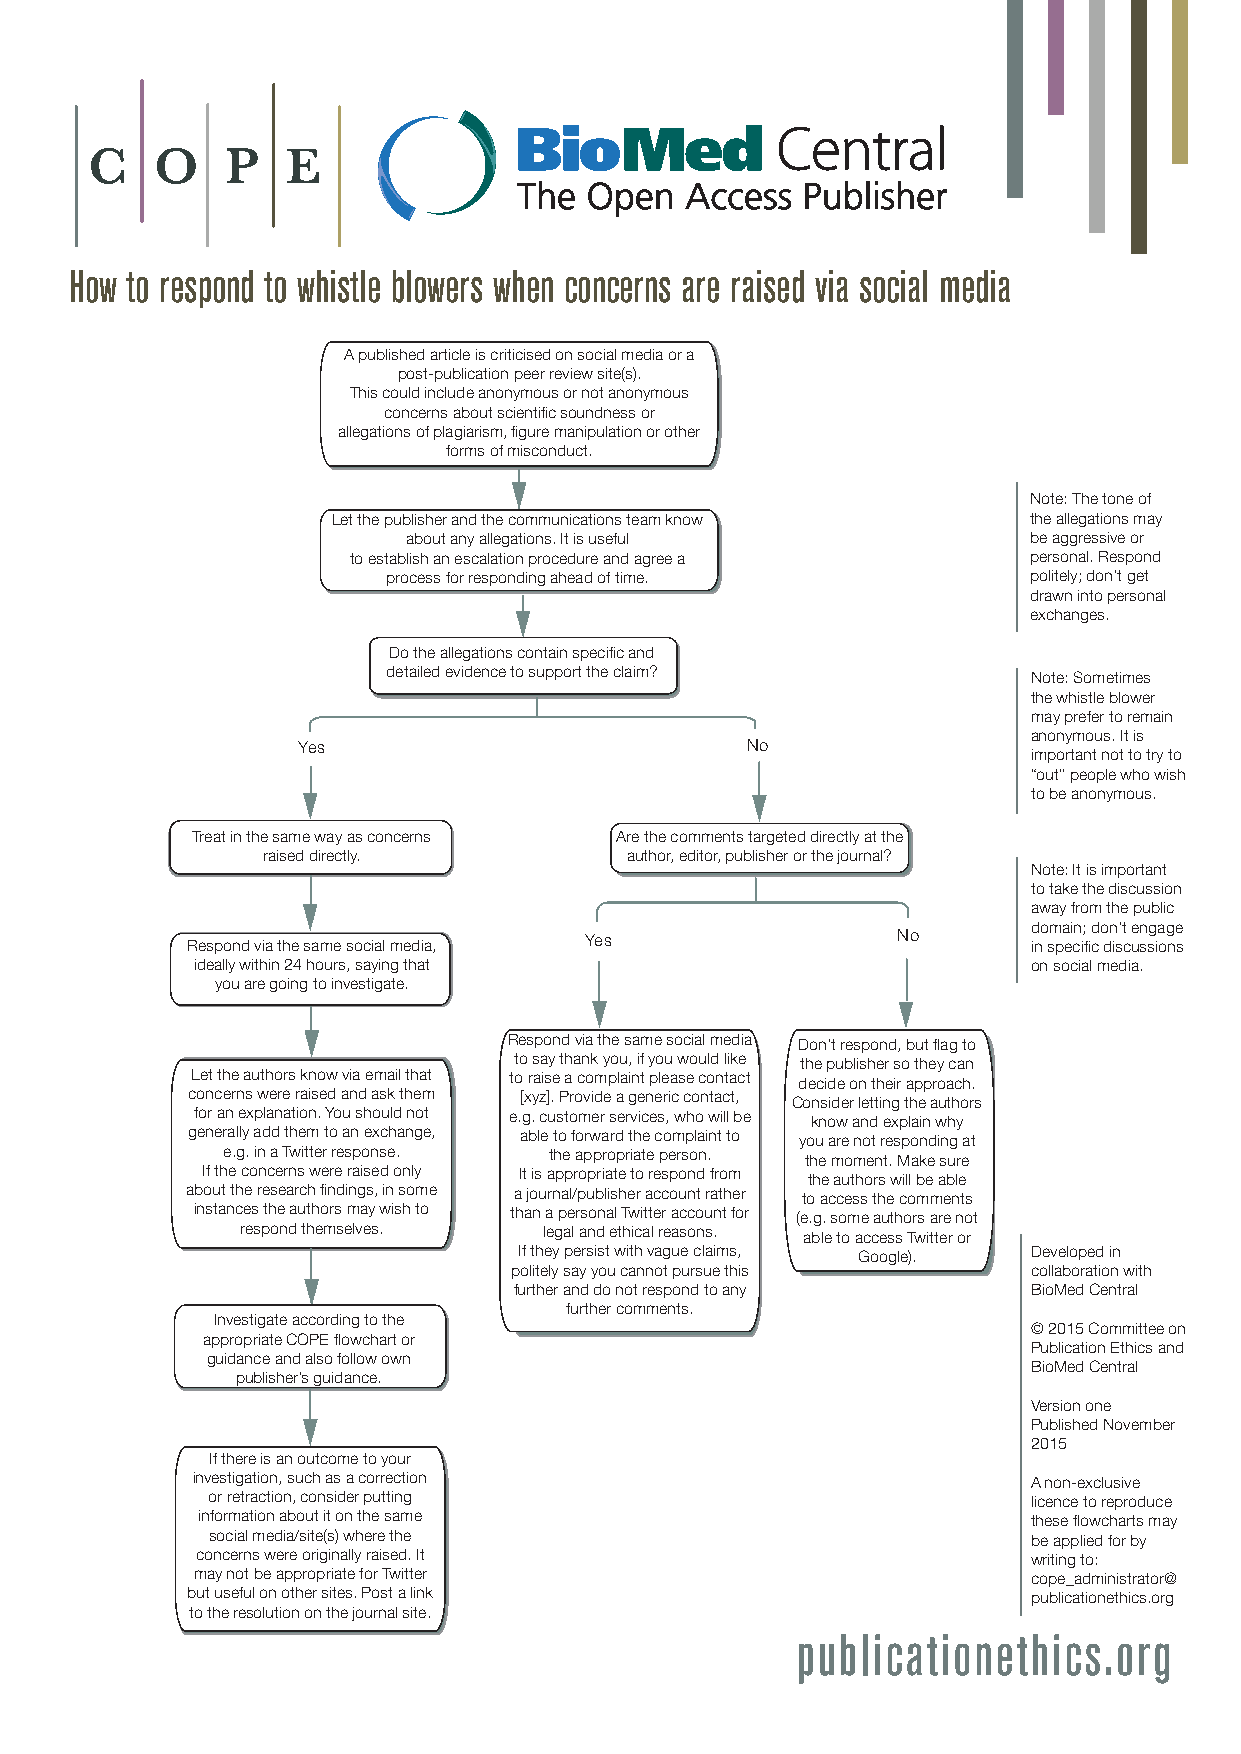
C   O    PE
 COMMI TTEE ON PUBLIC ATION ETHICS
 How to respond to whistle blowers when concerns are raised via social media
 A published article is criticised on social media or a
 post-publication peer review site(s).
 This could include anonymous or not anonymous
 concerns about scientific soundness or
 allegations of plagiarism, figure manipulation or other
 forms of misconduct.
 Note: The tone of
 Let the publisher and the communications team know the allegations may
 about any allegations. It is useful      be aggressive or
 to establish an escalation procedure and agree a personal. Respond
 process for responding ahead of time.     politely; don’t get
 drawn into personal
 exchanges.
 Do the allegations contain specific and
 detailed evidence to support the claim?
 Note: Sometimes
 the whistle blower
 may prefer to remain
 anonymous. It is
 Yes                          No
 important not to try to
 “out” people who wish
 to be anonymous.
 Treat in the same way as concerns Are the comments targeted directly at the
 raised directly.         author, editor, publisher or the journal?
 Note: It is important
 to take the discussion
 away from the public
 domain; don’t engage
 Respond via the same social media, Yes         No       in specific discussions
 ideally within 24 hours, saying that                   on social media.
 you are going to investigate.
 Respond via the same social media Don’t respond, but flag to
 to say thank you, if you would like the publisher so they can
 Let the authors know via email that to raise a complaint please contact decide on their approach.
 concerns were raised and ask them [xyz]. Provide a generic contact, Consider letting the authors
 for an explanation. You should not e.g. customer services, who will be know and explain why
 generally add them to an exchange, able to forward the complaint to you are not responding at
 e.g. in a Twitter response. the appropriate person. the moment. Make sure
 If the concerns were raised only It is appropriate to respond from the authors will be able
 about the research findings, in some a journal/publisher account rather to access the comments
 instances the authors may wish to than a personal Twitter account for (e.g. some authors are not
 respond themselves. legal and ethical reasons. able to access Twitter or
 If they persist with vague claims, Google). Developed in
 politely say you cannot pursue this collaboration with
 further and do not respond to any BioMed Central
 further comments.
 Investigate according to the
 © 2015 Committee on
 appropriate COPE flowchart or
 Publication Ethics and
 guidance and also follow own
 BioMed Central
 publisher’s guidance.
 Version one
 Published November
 2015
 If there is an outcome to your
 investigation, such as a correction                    A non-exclusive
 or retraction, consider putting                       licence to reproduce
 information about it on the same                       these flowcharts may
 social media/site(s) where the                        be applied for by
 concerns were originally raised. It                    writing to:
 may not be appropriate for Twitter                     cope_administrator@
 but useful on other sites. Post a link                  publicationethics.org
 to the resolution on the journal site.
 publicationethics.org